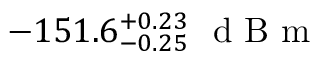
- 1 5 1 . 6 _ { - 0 . 2 5 } ^ { + 0 . 2 3 } \ \mathrm { ~ d ~ B ~ m ~ }